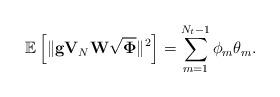
LaTeX: \begin{align*}\mathbb{E}\left[\|\mathbf{g}\mathbf{V}_{N}\mathbf{W}\sqrt{\mathbf{\Phi}}\|^2\right]= \sum_{m = 1}^{N_t - 1} \phi_m \theta_m.\end{align*}